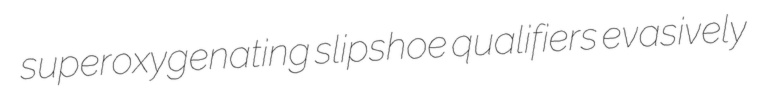
superoxygenating slipshoe qualifiers evasively